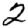
Digit: 2